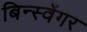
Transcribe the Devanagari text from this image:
बिन्स्वेंगर